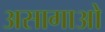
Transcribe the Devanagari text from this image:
असागाओ